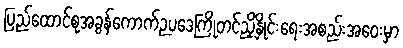
ပြည်ထောင်စုအခွန်ကောက်ဉပဒေကြိုတင်ညှိနှိုင်းရေးအစည်းအဝေးမှာ